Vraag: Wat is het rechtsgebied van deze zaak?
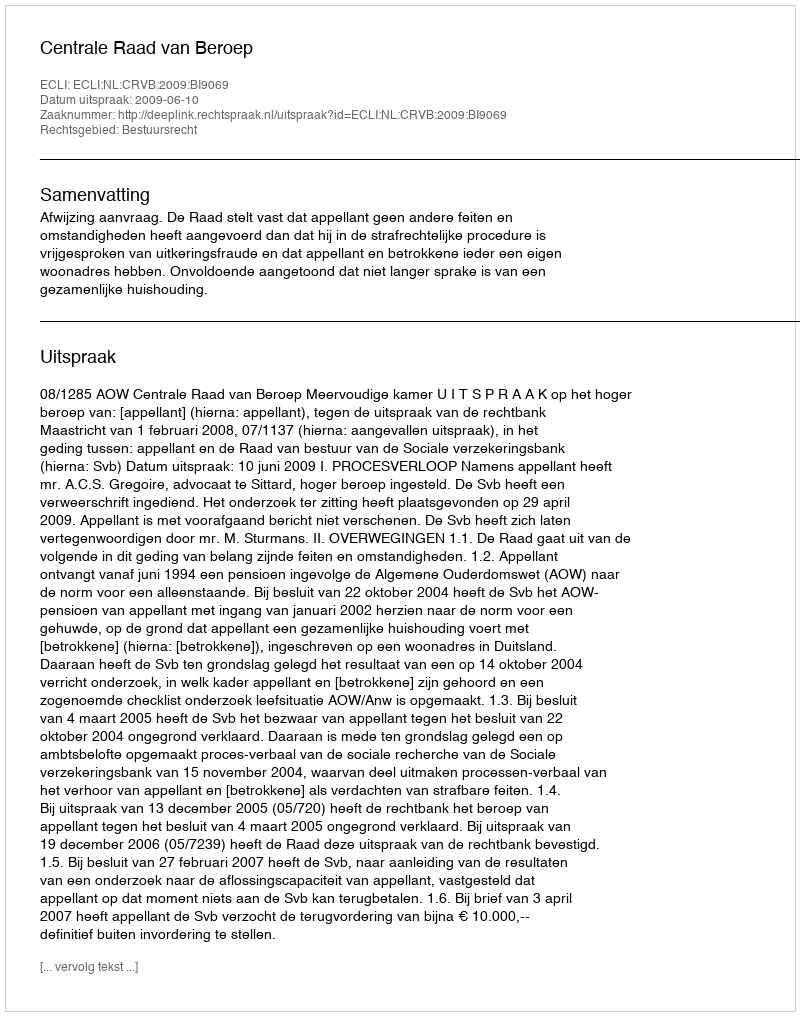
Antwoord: Bestuursrecht